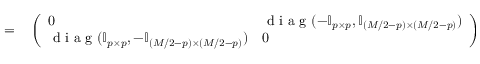
\begin{array} { r l } { = } & { { } \left( \begin{array} { l l } { 0 } & { \mathrm { ~ d ~ i ~ a ~ g ~ } ( - \mathbb { I } _ { p \times p } , \mathbb { I } _ { ( M / 2 - p ) \times ( M / 2 - p ) } ) } \\ { \mathrm { ~ d ~ i ~ a ~ g ~ } ( \mathbb { I } _ { p \times p } , - \mathbb { I } _ { ( M / 2 - p ) \times ( M / 2 - p ) } ) } & { 0 } \end{array} \right) . } \end{array}